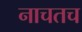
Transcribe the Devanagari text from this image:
नाचतच